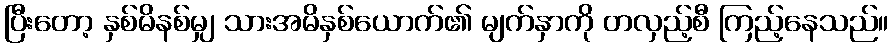
ပြီးတော့ နှစ်မိနစ်မျှ သားအမိနှစ်ယောက်၏ မျက်နှာကို တလှည့်စီ ကြည့်နေသည်။